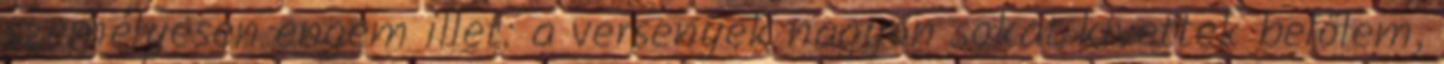
személyesen engem illet: a versenyek nagyon sokat kivettek belőlem,